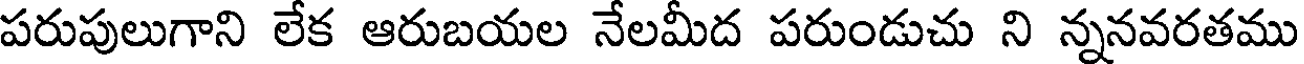
పరుపులుగాని లేక ఆరుబయల నేలమీద పరుండుచు ని న్ననవరతము